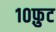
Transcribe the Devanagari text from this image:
१०फ़ुट